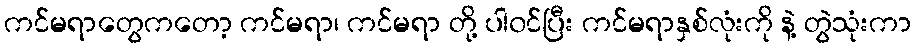
ကင်မရာတွေကတော့ ကင်မရာ၊ ကင်မရာ တို့ ပါ၀င်ပြီး ကင်မရာနှစ်လုံးကို နဲ့ တွဲသုံးကာ